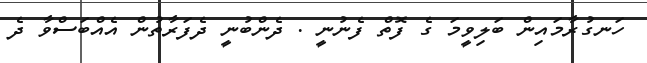
ހަނގުރާމައިން ބަލިވީމަ ގެ ފޮތް ފެނުނީ . ދެންބުނީ ދެފަރާތުން އެއްބަސްވާ ދެ